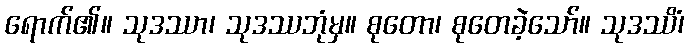
ရောက်၏။ သုဒဿာ၊ သုဒဿဘုံမှ။ စုတော၊ စုတေခဲ့သော်။ သုဒဿိံ၊